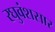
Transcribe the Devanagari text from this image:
रघुवंशसार